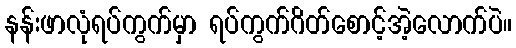
နန်းဖာလုံရပ်ကွက်မှာ ရပ်ကွက်ဂိတ်စောင့်အဲ့လောက်ပဲ။